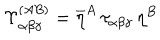
\Upsilon _ { \alpha \beta \gamma } ^ { ( A B ) } = \overline { { { \eta } } } ^ { A } \, \tau _ { \alpha \beta \gamma } \, \eta ^ { B }